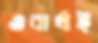
ওবার্থই